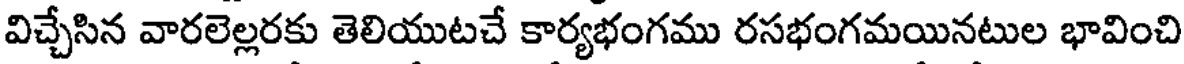
విచ్చేసిన వారలెల్లరకు తెలియుటచే కార్యభంగము రసభంగమయినటుల భావించి